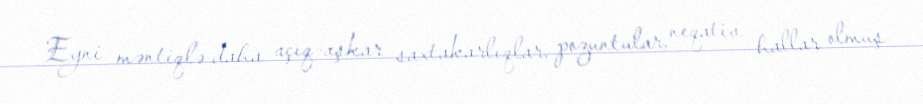
Eyni məntiqlə daha açıq-aşkar saxtakarlıqlar, pozuntular, neqativ hallar olmuş